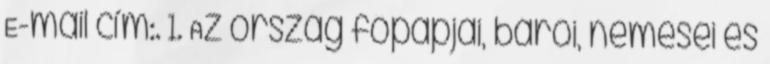
E-mail cím:. 1. Az ország főpapjai, bárói, nemesei és